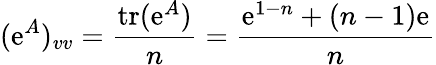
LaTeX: (\mathrm{e}^{A})_{vv}=\frac{{\textrm{{tr}}(\mathrm{e}^{A})}}{{n}}=\frac{{\mathrm{e}^{1-n}+(n-1)\mathrm{e}}}{{n}}